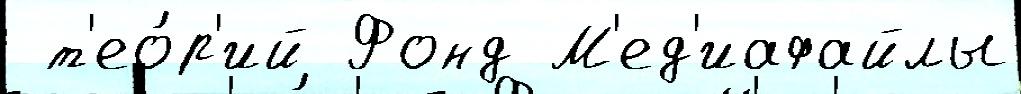
 т'ео́р'ий Фонд М'ед'иафайлы